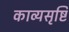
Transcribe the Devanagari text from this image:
काव्यसृष्टि